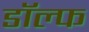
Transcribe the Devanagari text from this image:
डॉल्फ